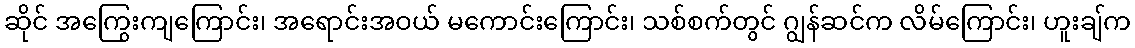
ဆိုင် အကြွေးကျကြောင်း၊ အရောင်းအဝယ် မကောင်းကြောင်း၊ သစ်စက်တွင် ဂျွန်ဆင်က လိမ်ကြောင်း၊ ဟူးချ်က